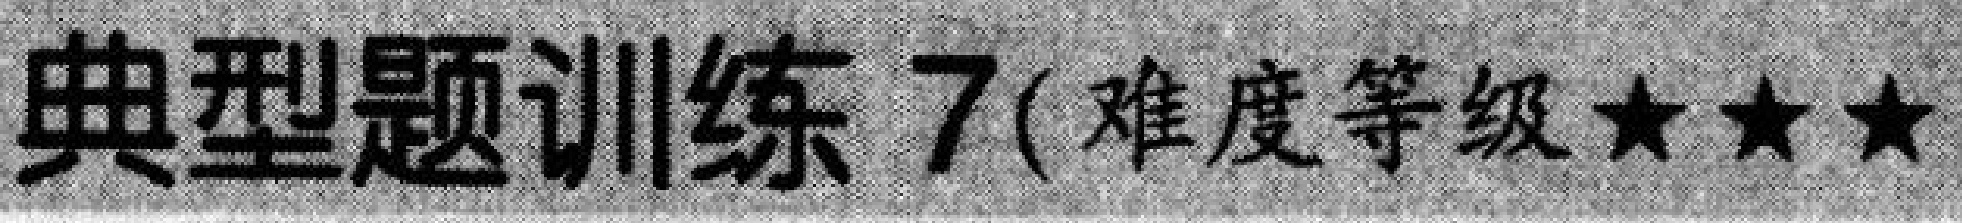
典型题训练 7(难度等级★★★)